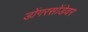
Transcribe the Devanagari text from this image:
डोंगरसोंडेवर